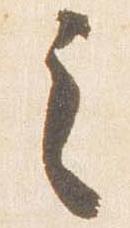
之